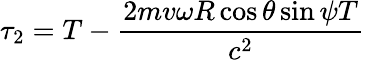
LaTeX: \tau_{2}=T-\frac{2mv\omega R\cos{\theta}\sin{\psi}T}{c^{2}}